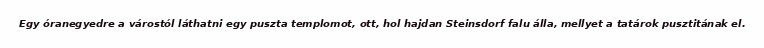
Egy óranegyedre a várostól láthatni egy puszta templomot, ott, hol hajdan Steinsdorf falu álla, mellyet a tatárok pusztitának el.